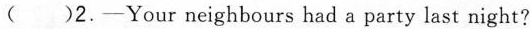
( ) 2. —— Your neighbours had a party last night?